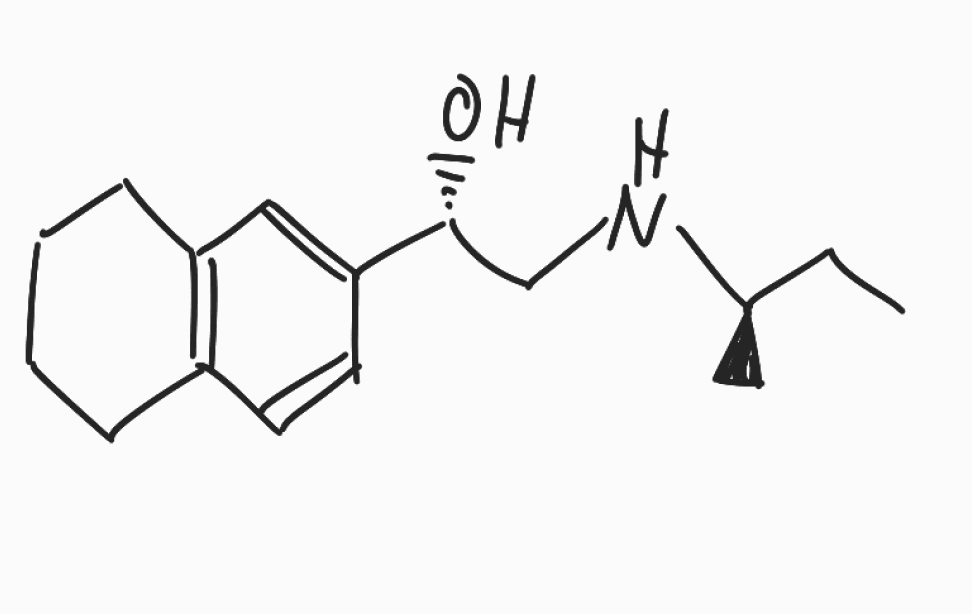
Simplified molecular-input line-entry system (SMILES) notation of the given molecule:
CC[C@@H](C)NC[C@H](C1=CC2=C(CCCC2)C=C1)O